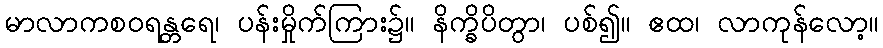
မာလာကစဝရန္တရေ၊ ပန်းမှိုက်ကြား၌။ နိက္ခိပိတွာ၊ ပစ်၍။ ဧထ၊ လာကုန်လော့။